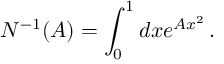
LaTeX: N ^ { - 1 } ( A ) = \int _ { 0 } ^ { 1 } d x e ^ { A x ^ { 2 } } \, .